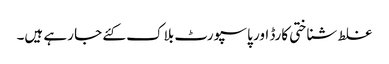
غلط شناختی کارڈ اور پاسپورٹ بلاک کئے جا رہے ہیں۔